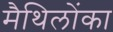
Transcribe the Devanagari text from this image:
मैथिलोंका